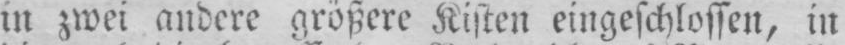
in zwei andere größere Kisten eingeschlossen, in